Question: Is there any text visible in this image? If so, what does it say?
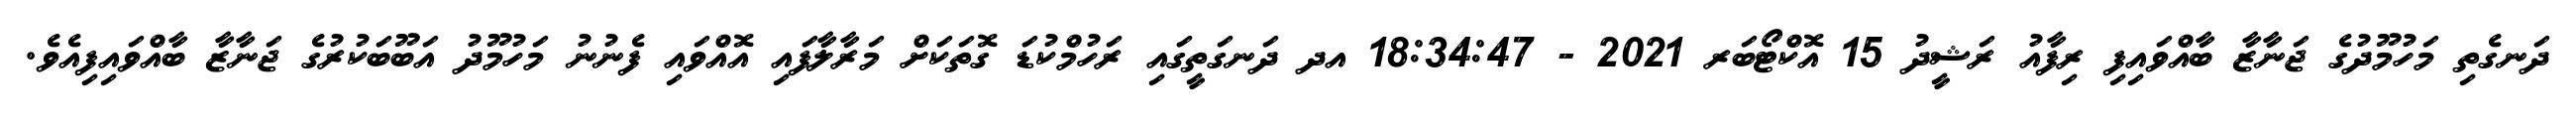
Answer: ދަނގެތި މަހުމޫދުގެ ޖަނާޒާ ބާއްވައިފި ރިފާއު ރަޝީދު 15 އޮކްޓޯބަރ 2021 - 18:34:47 އދ ދަނގަތީގައި ރަހުމްކުޑަ ގޮތަކަށް މަރާލާފައި އޮއްވައި ފެނުނު މަހުމޫދު އަބޫބަކުރުގެ ޖަނާޒާ ބާއްވައިފިއެވެ.